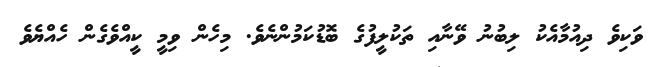
ވަކިވެ ދިއުމާއެކު ލިބުނު ވޭނާއި ތަކުލީފުގެ ބޮޑުކަމުންނެވެ. މިހެން ވިމީ ކީއްވެގެން ހެއްޔެވެ